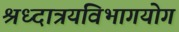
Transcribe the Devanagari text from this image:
श्रध्दात्रयविभागयोग